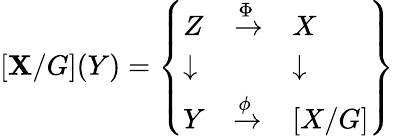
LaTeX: [\mathbf{X}/G](Y)={\left\{ \begin{array}{lll}{Z}&{{\xrightarrow{\Phi}}}&{X}\\ {\downarrow}&{}&{\downarrow}\\ {Y}&{{\xrightarrow{\phi}}}&{[X/G]}\end{array}\right\} }